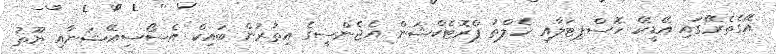
އޭގެތެރޭގައި އޭޑީކޭ ހޮސްޕިޓަލާއި ހެލްތު ޕްރޮޓެކްޝަން އެޖެންސީގެ އިތުރުން ބައިކް އެސޯސިއޭޝަނާއި ޔޫތު